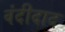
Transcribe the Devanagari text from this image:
वंदीदाद